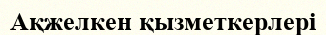
Ақжелкен қызметкерлері